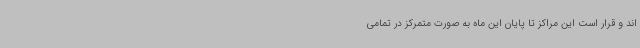
اند و قرار است این مراکز تا پایان این ماه به صورت متمرکز در تمامی